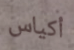
أكياس